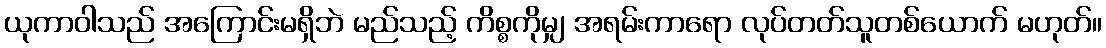
ယုကာဝါသည် အကြောင်းမရှိဘဲ မည်သည့် ကိစ္စကိုမျှ အရမ်းကာရော လုပ်တတ်သူတစ်ယောက် မဟုတ်။